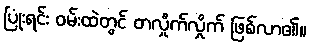
ပြုံးရင်း ဝမ်းထဲတွင် တလှိုက်လှိုက် ဖြစ်လာ၏။